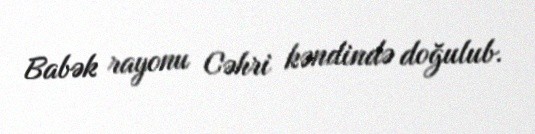
Babək rayonu Cəhri kəndində doğulub.